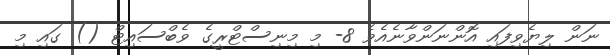
ނަން ލިޔެވިފައި އޮންނަންވާނެއެވެ 8- މި މިނިސްޓްރީގެ ވެބްސައިޓް () ގައި މި